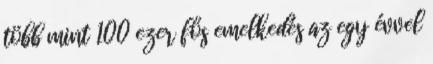
több mint 100 ezer fős emelkedés az egy évvel